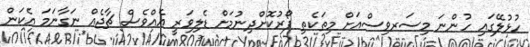
ހުޅުލޭގައި ހުންނަ މިސަރވިސްއަށް މިތަކެތި ފޯރުކޮށްދިނުމަށް ޑެލިވަރީ އެއްވެސް ޗާޖެއް ނަގާނަމަ އެކަން